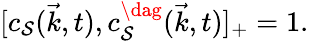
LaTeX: [c_{\mathcal{S}}(\vec{{k}},t),c_{\mathcal{S}}^{\dag}(\vec{{k}},t)]_{+}=1.